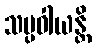
သမ္ပဝါယန္တိ